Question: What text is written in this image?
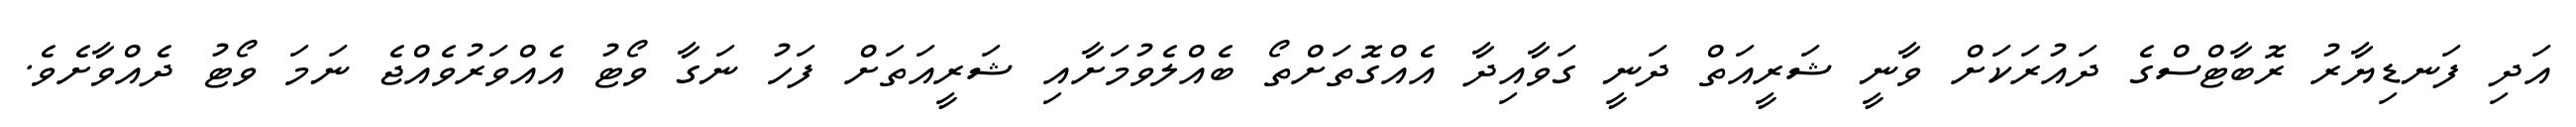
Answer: އަދި ފަނޑިޔާރު ރޮބާޓްސްގެ ދައުރަކަށް ވާނީ ޝަރީއަތް ދަނީ ގަވާއިދާ އެއްގޮތަށްތޯ ބެއްލެވުމަށާއި ޝަރީއަތަށް ފަހު ނަގާ ވޯޓު އެއްވަރުވެއްޖެ ނަމަ ވޯޓު ދެއްވާށެވެ.